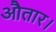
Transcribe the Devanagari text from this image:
औतार।